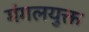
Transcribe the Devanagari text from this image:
मंगलयुक्त